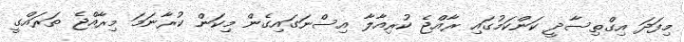
މިފަދަ އިގްތިސާދީ ކަންކަމުގައި ރާއްޖެ ކުރިއާލާ އިސްނަގައިގެން މިކަން ކުރާނަމަ މިރާއްޖެ ތަރައްގީ